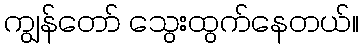
ကျွန်တော် သွေးထွက်နေတယ်။